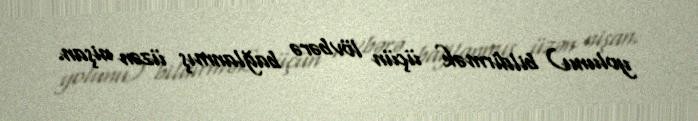
yolunu) bildirmək üçün lövbərə bağlanmış üzən nişan.